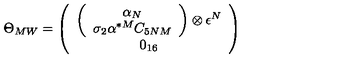
\Theta _ { M W } = \left( \begin{array} { c } { \left( \begin{array} { c } { \alpha _ { N } } \\ { \sigma _ { 2 } \alpha ^ { * M } C _ { 5 N M } } \\ \end{array} \right) \otimes \epsilon ^ { N } } \\ { 0 _ { 1 6 } } \\ \end{array} \right)